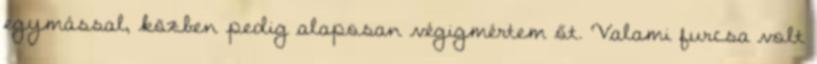
egymással, közben pedig alaposan végigmértem őt. Valami furcsa volt